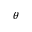
\theta